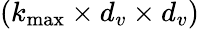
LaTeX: ({k_{\operatorname*{max}}\times d_{v}\times d_{v}})